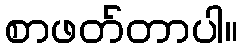
စာဖတ်တာပါ။